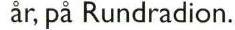
år, på Rundradion.